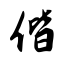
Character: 偕